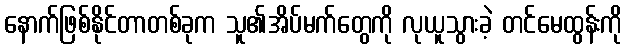
နောက်ဖြစ်နိုင်တာတစ်ခုက သူ၏အိပ်မက်တွေကို လုယူသွားခဲ့ တင်မေထွန်းကို